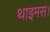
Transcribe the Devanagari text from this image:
थाइमस।